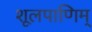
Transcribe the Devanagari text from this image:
शूलपाणिम्